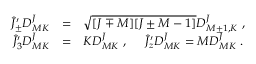
\begin{array} { r c l } { { \hat { J } _ { \pm } ^ { \prime } D _ { M K } ^ { J } } } & { { = } } & { { \sqrt { [ J \mp M ] [ J \pm M - 1 ] } D _ { M \pm 1 , K } ^ { J } ~ , } } \\ { { \hat { J } _ { 3 } ^ { \prime } D _ { M K } ^ { J } } } & { { = } } & { { K D _ { M K } ^ { J } ~ , ~ ~ ~ ~ \hat { J } _ { z } ^ { \prime } D _ { M K } ^ { J } = M D _ { M K } ^ { J } ~ . } } \end{array}